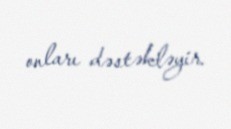
onları dəstəkləyir.